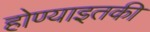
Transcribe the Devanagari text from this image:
होण्याइतकी